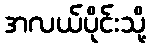
အလယ်ပိုင်းသို့